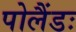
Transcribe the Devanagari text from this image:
पोलैंडः